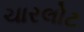
ચારલોટ